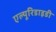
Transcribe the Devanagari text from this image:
एल्यूरिडाइडी